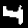
Digit: 4